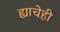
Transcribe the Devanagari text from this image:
ह्याचेही